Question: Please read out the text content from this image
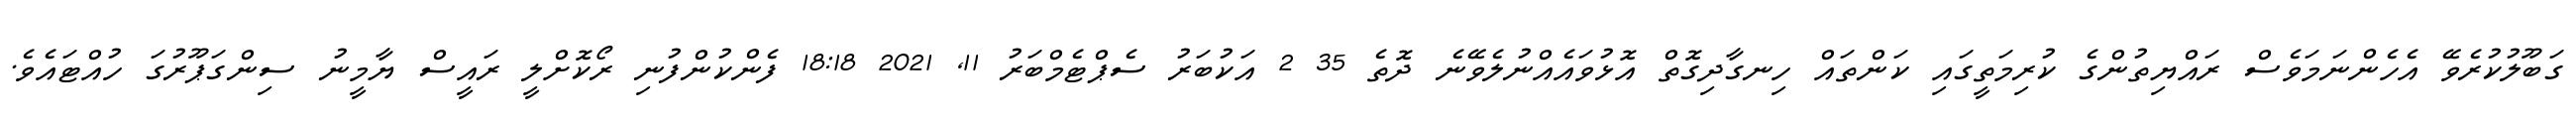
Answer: ގަބޫލުކުރެވޭ އެހެންނަމަވެސް ރައްޔިތުންގެ ކުރިމަތީގައި ކަންތައް ހިނގާދިގޮތް އޮޅުވައެއްނުލެވޭނެ ދޮތެ 35 2 އަކުބަރު ސެޕްޓެމްބަރު 11, 2021 18:18 ފެންކުންފުނި ރޯކޮށްލީ ރައީސް ޔާމީނު ސިންގަޕޫރުގަ ހުއްޓައެވެ.